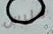
فليس